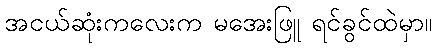
အငယ်ဆုံးကလေးက မအေးဖြူ ရင်ခွင်ထဲမှာ။